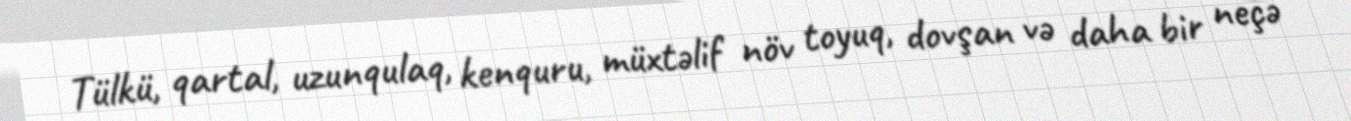
Tülkü, qartal, uzunqulaq, kenquru, müxtəlif növ toyuq, dovşan və daha bir neçə